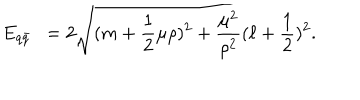
LaTeX: E _ { q \bar { q } } ~ ~ = 2 \sqrt { ( m + \frac { 1 } { 2 } \mu \rho ) ^ { 2 } + \frac { \mu ^ { 2 } } { \rho ^ { 2 } } ( \ell + \frac { 1 } { 2 } ) ^ { 2 } } .